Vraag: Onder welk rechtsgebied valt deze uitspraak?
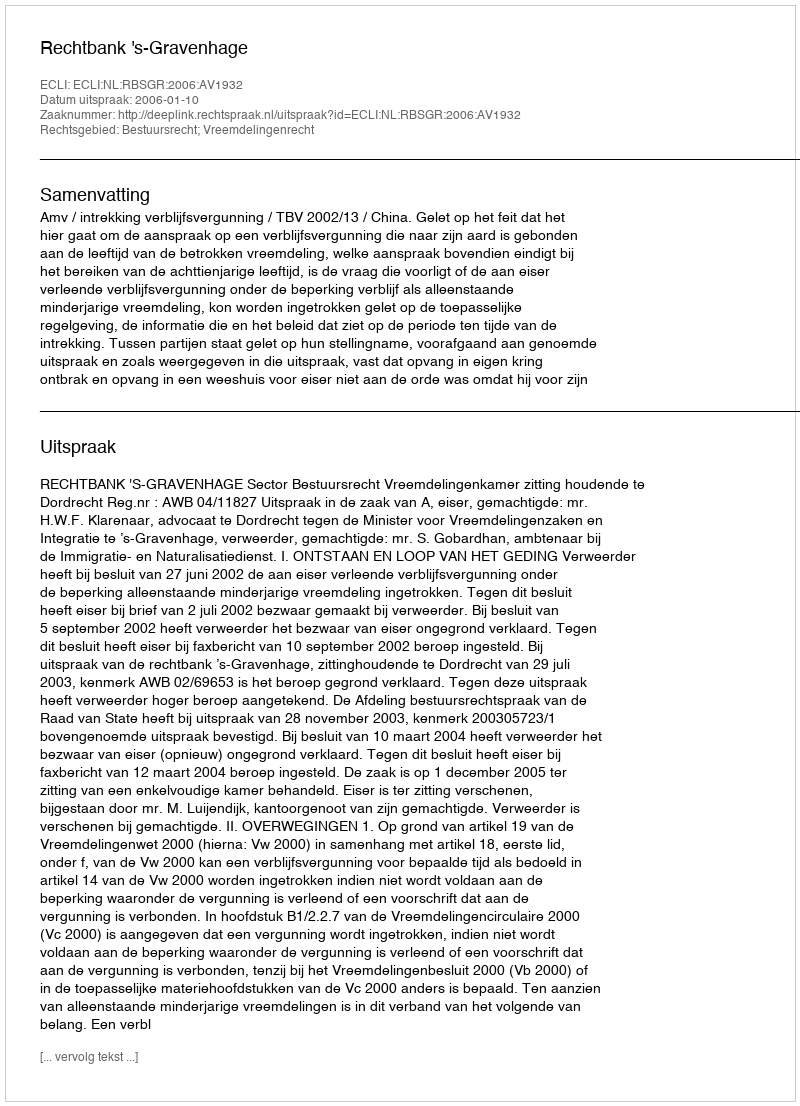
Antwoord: Bestuursrecht; Vreemdelingenrecht